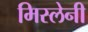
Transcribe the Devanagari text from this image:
मिस्लेनी